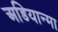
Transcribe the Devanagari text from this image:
अडियान्मा